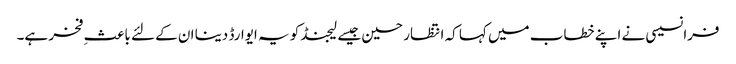
فرانسیسی نے اپنے خطاب میں کہا کہ انتظار حسین جیسے لیجنڈ کو یہ ایوارڈ دینا ان کے لئے باعثِ فخر ہے۔